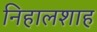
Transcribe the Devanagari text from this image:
निहालशाह